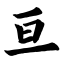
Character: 亘